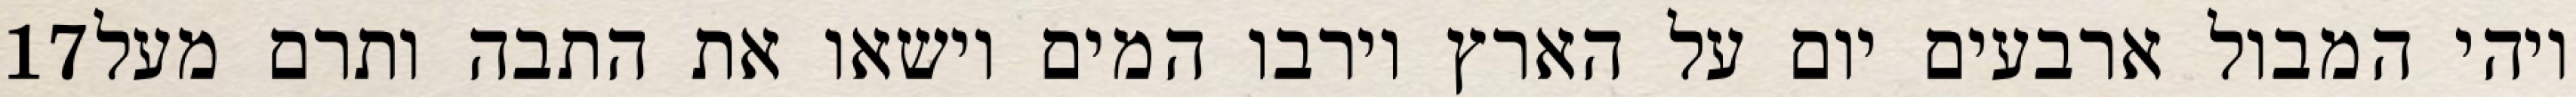
‎17‏ ויהי המבול ארבעים יום על הארץ וירבו המים וישאו את התבה ותרם מעל